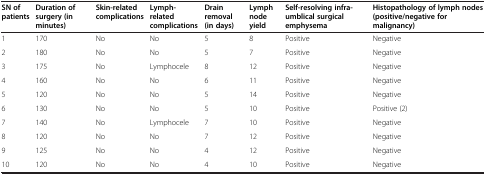
| SN of patients | Duration of surgery (in minutes) | Skin-related complications | Lymph-related complications | Drain removal (in days) | Lymph node yield | Self-resolving infra-umblical surgical emphysema | Histopathology of lymph nodes (positive/negative for malignancy) |
 | --- | --- | --- | --- | --- | --- | --- | --- |
 | 1 | 170 | No | No | 5 | 8 | Positive | Negative |
 | 2 | 180 | No | No | 5 | 7 | Positive | Negative |
 | 3 | 175 | No | Lymphocele | 8 | 12 | Positive | Negative |
 | 4 | 160 | No | No | 6 | 11 | Positive | Negative |
 | 5 | 120 | No | No | 5 | 14 | Positive | Negative |
 | 6 | 130 | No | No | 5 | 10 | Positive | Positive (2) |
 | 7 | 140 | No | Lymphocele | 7 | 10 | Positive | Negative |
 | 8 | 120 | No | No | 7 | 12 | Positive | Negative |
 | 9 | 125 | No | No | 4 | 12 | Positive | Negative |
 | 10 | 120 | No | No | 4 | 10 | Positive | Negative |